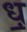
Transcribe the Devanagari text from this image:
ध़॒